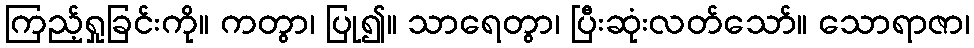
ကြည့်ရှုခြင်းကို။ ကတွာ၊ ပြု၍။ သာရေတွာ၊ ပြီးဆုံးလတ်သော်။ သောရာဇာ၊